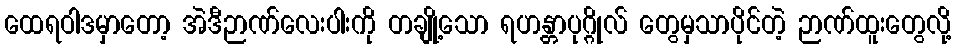
ထေရဝါဒမှာတော့ အဲဒီဉာဏ်လေးပါးကို တချို့သော ရဟန္တာပုဂ္ဂိုလ် တွေမှသာပိုင်တဲ့ ဉာဏ်ထူးတွေလို့